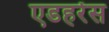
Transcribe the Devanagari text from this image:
एडहरेंस